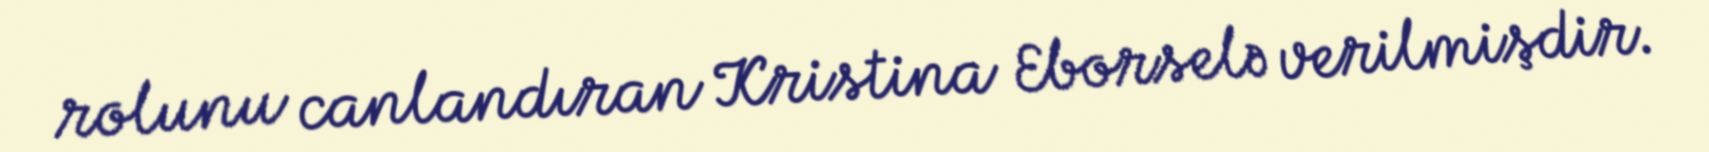
rolunu canlandıran Kristina Eborselə verilmişdir.